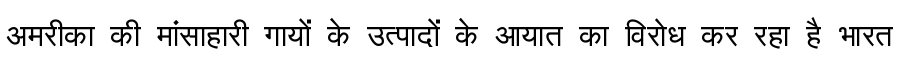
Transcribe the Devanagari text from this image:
अमरीका की मांसाहारी गायों के उत्पादों के आयात का विरोध कर रहा है भारत